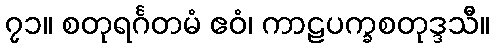
၇၁။ စတုရင်္ဂတမံ ဧဝံ၊ ကာဠပက္ခစတုဒ္ဒသီ။